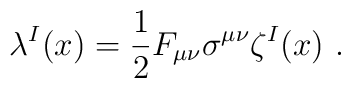
\lambda^{I}(x) = \frac{1}{2} F_{\mu \nu} \sigma^{\mu \nu} \zeta^{I}(x)\ .